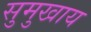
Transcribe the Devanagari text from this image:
सुमुखाय